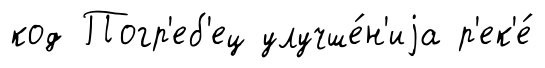
код Погр'еб'ец улучше́н'иjа р'ек'е́